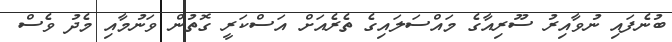
ބުނެފައި ނުވާއިރު ސޫރިއާގެ މައްސަލައިގެ ތެރެއަށް އަސްކަރީ ގޮތުން ވަނުމާއި މެދު ވެސް